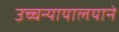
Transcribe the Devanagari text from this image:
उच्चन्यायालयाने